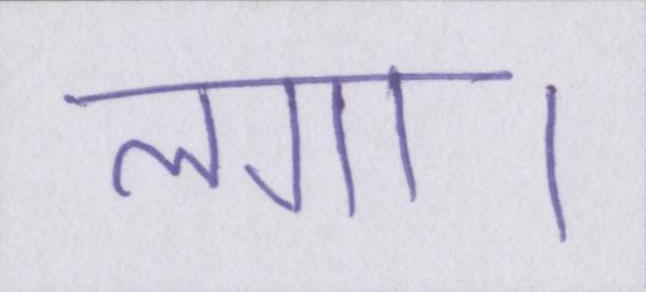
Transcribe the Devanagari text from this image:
लगा।